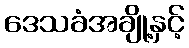
ဒေသခံအချို့နှင့်